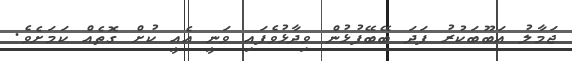
ޖަމާލު އަބޫބަކުރު ފަދަ ބޭބޭފުޅުން ވިދާޅުވެފައި ވަނީ އެއީ ކުށް ގޮތެއް ކަމަށެވެ.